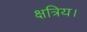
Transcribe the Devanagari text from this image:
क्षत्रिय।